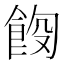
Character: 𫗑